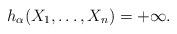
LaTeX: \begin{align*} h_{\alpha}(X_{1}, \ldots, X_{n}) = + \infty. \end{align*}